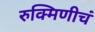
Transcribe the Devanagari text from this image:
रुक्मिणीचं